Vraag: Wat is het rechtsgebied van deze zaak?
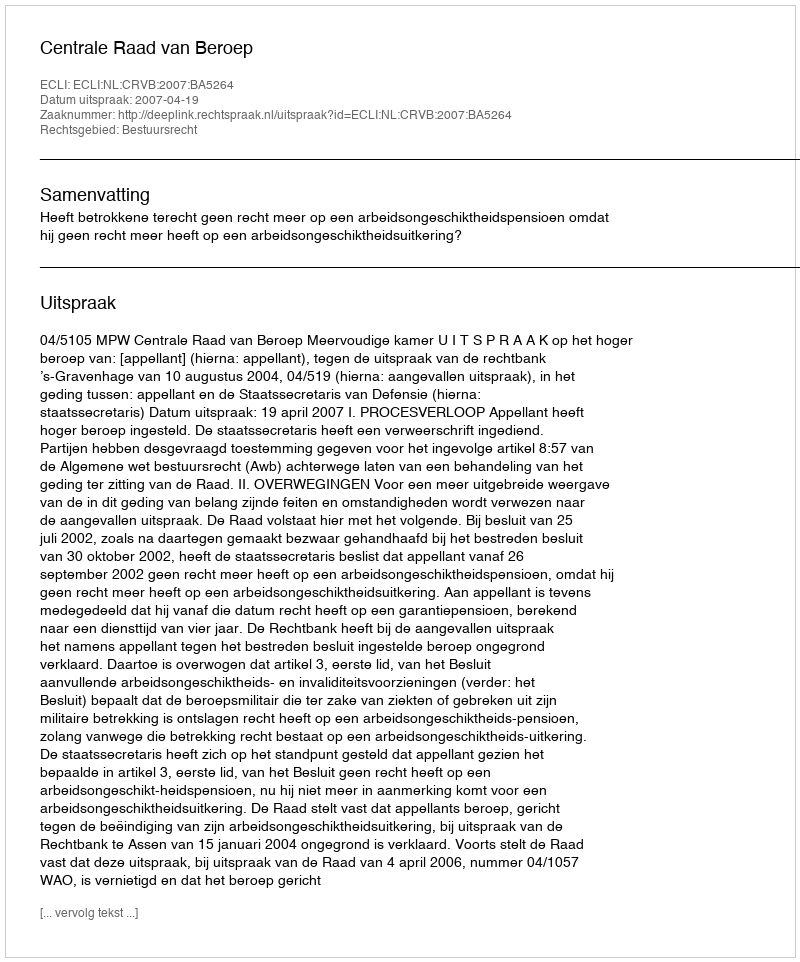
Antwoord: Bestuursrecht